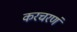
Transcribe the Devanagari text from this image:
करचरणं